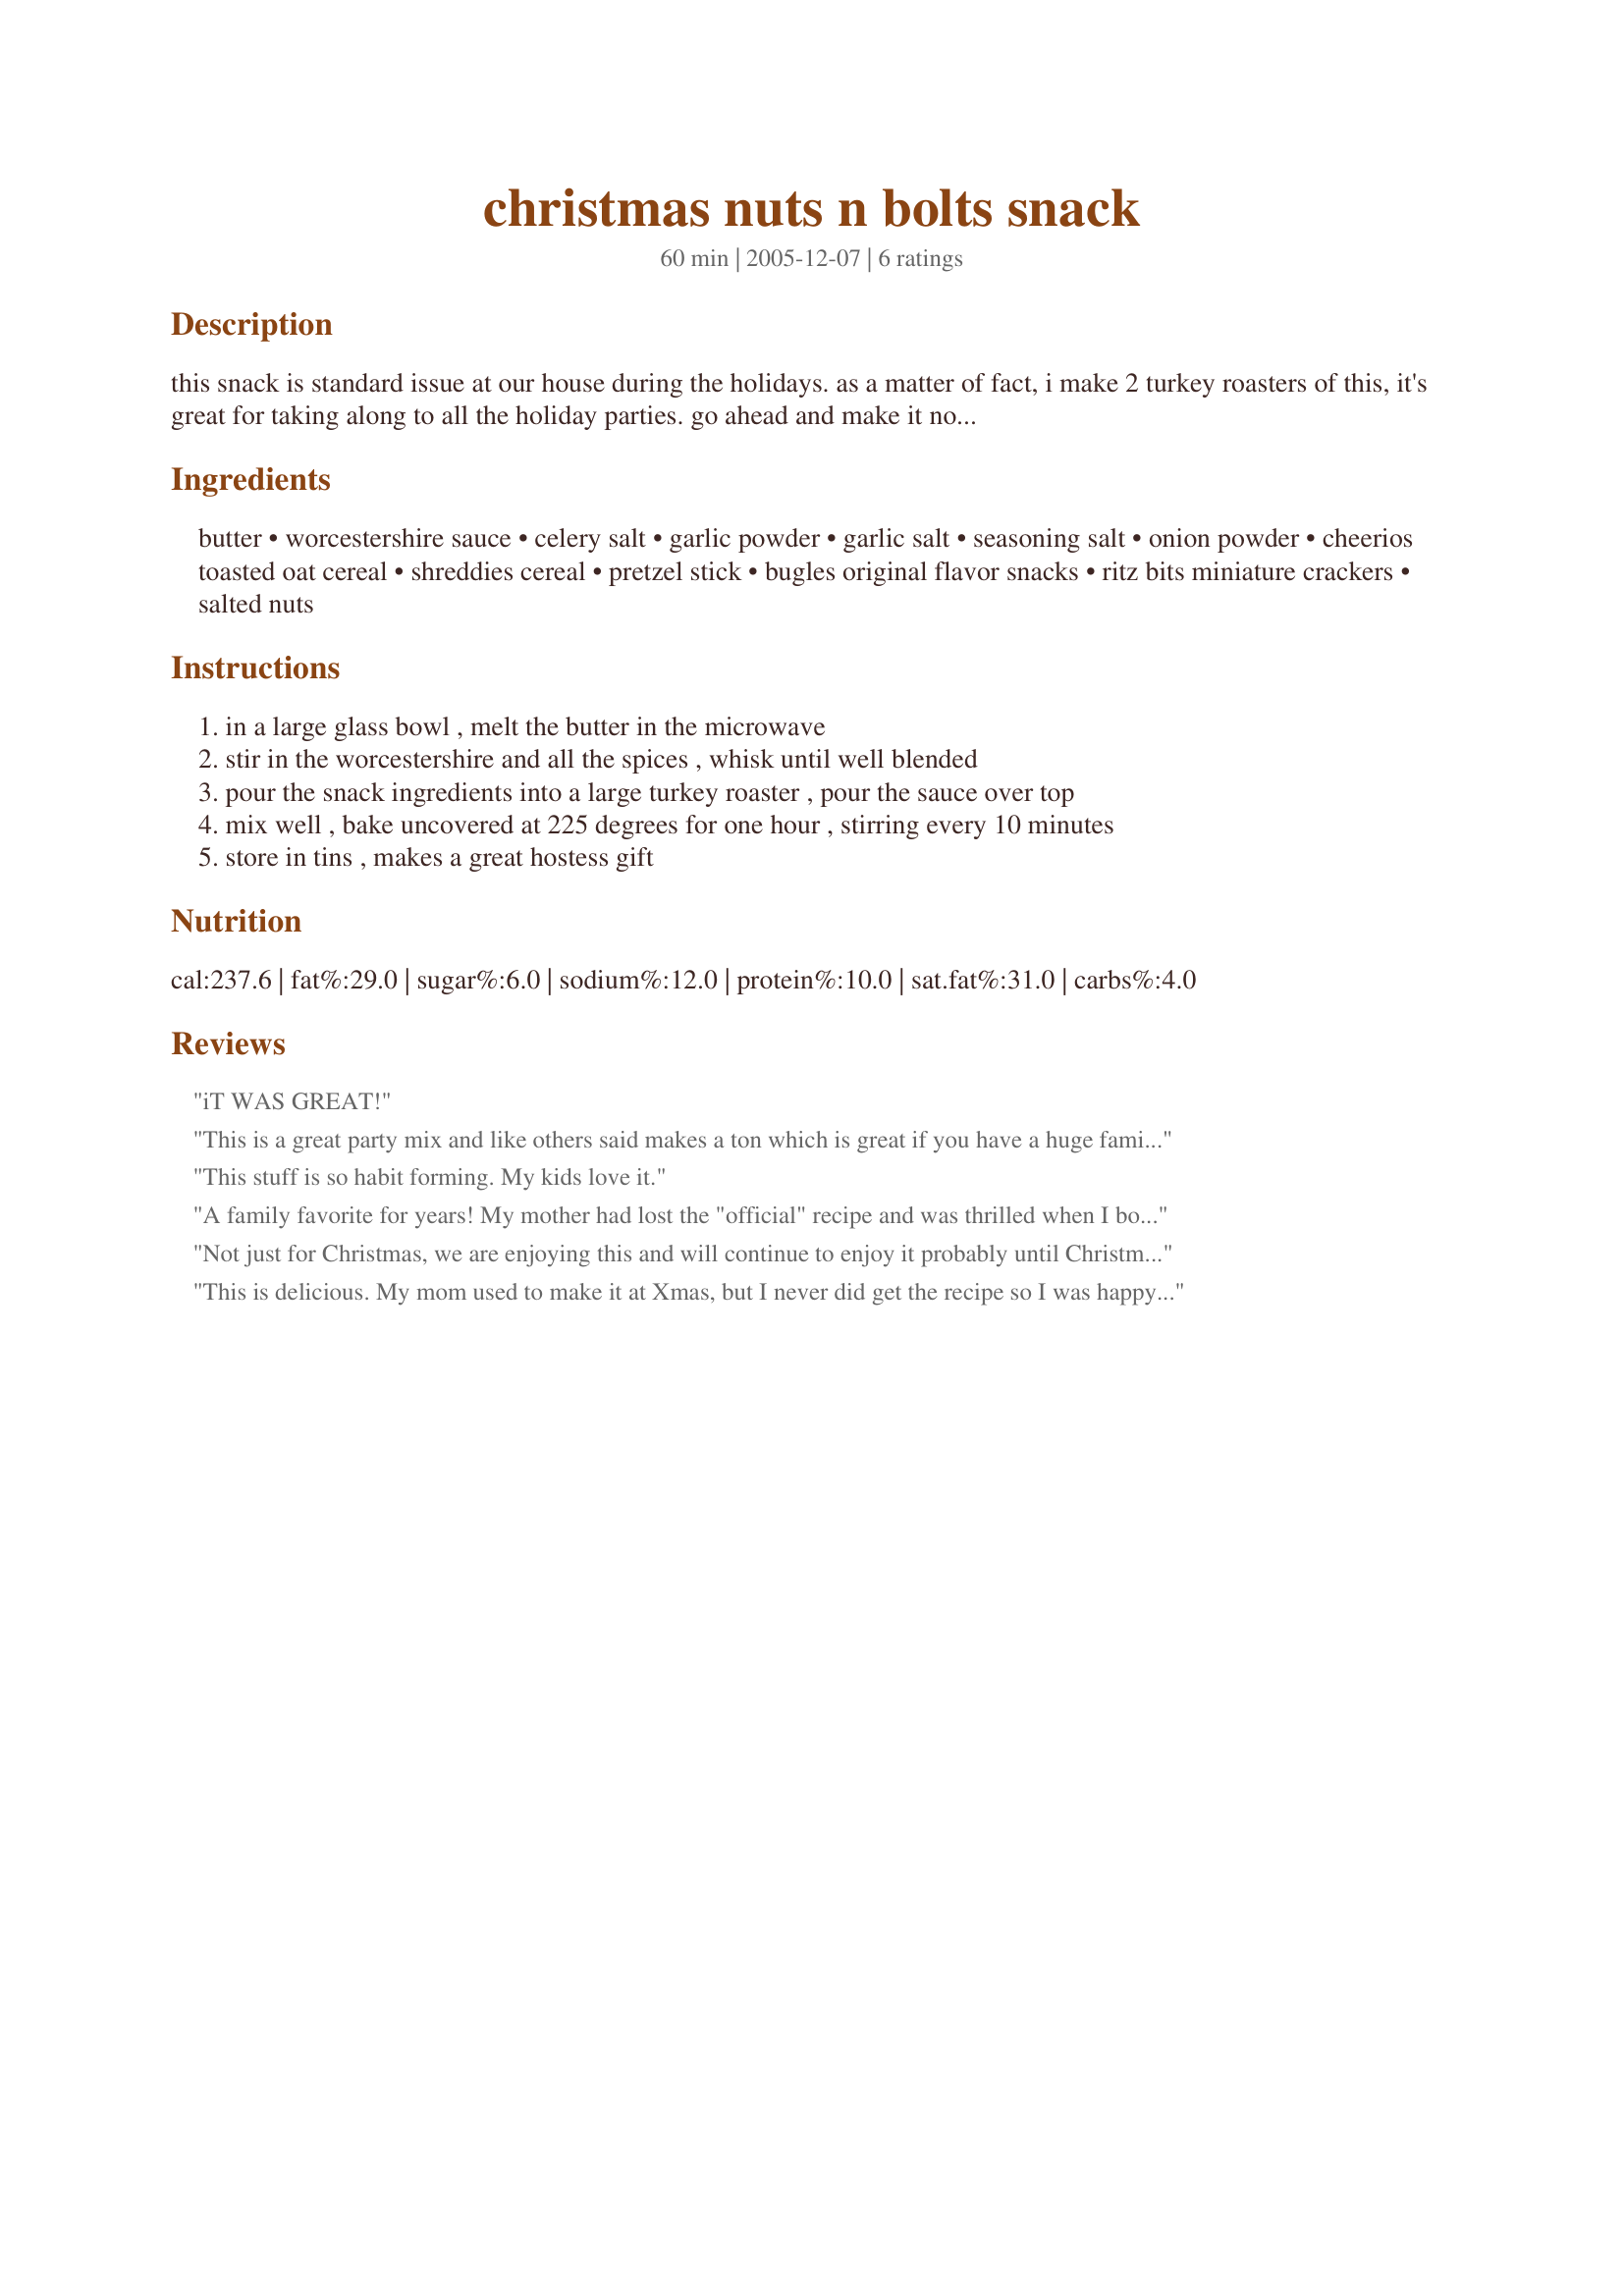
christmas nuts n bolts snack
Preparation time: 60 minutes

this snack is standard issue at our house during the holidays. as a matter of fact, i make 2 turkey roasters of this, it's great for taking along to all the holiday parties. go ahead and make it now. store in a covered tin in a cool place, and yes, you can freeze it. just reheat in a warm oven.

Ingredients:
butter, worcestershire sauce, celery salt, garlic powder, garlic salt, seasoning salt, onion powder, cheerios toasted oat cereal, shreddies cereal, pretzel stick, bugles original flavor snacks, ritz bits miniature crackers, salted nuts

Steps:
in a large glass bowl , melt the butter in the microwave
stir in the worcestershire and all the spices , whisk until well blended
pour the snack ingredients into a large turkey roaster , pour the sauce over top
mix well , bake uncovered at 225 degrees for one hour , stirring every 10 minutes
store in tins , makes a great hostess gift

Reviews:
iT WAS GREAT!
This is a great party mix and like others said makes a ton which is great if you have a huge family like we do. The second time I made this I was trying to use up all of my leftover cereals and crackers and instead of using 4 cups of peanuts I used what I had left on hand which was sesame sticks and bagel chips to make the 4 cups, it was just as good. The sauce is just right with any combination of ingredients you want to use. This is definitely a keeper and a must try. Thanks for sharing Dee my friends and family are still raving about it
This stuff is so habit forming. My kids love it.
A family favorite for years! My mother had lost the "official" recipe and was thrilled when I bought this (and the new recipe card!)to our family Christmas gathering! Thanks!
Not just for Christmas, we are enjoying this and will continue to enjoy it probably until Christmas. It makes a ton! I thought it's a bit too salty. I may use 1/2 salted and 1/2 unsalted butter and maybe 2 t. garlic powder and only 1 t. garlic salt. Very good though and was enjoyed by my party guests. My daughter enjoys building with it and then eating her creations. Fun, fun.
This is delicious. My mom used to make it at Xmas, but I never did get the recipe so I was happy to discover this. I made it according to the instructions except omitted the bugles and increased the other ingredients to make up for it. I've been snacking on it every night. I figure it's reasonably nutritional because of all the fibre from the cereal. Thanks for posting.
